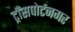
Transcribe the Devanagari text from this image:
ट्राँसपोर्टनगर